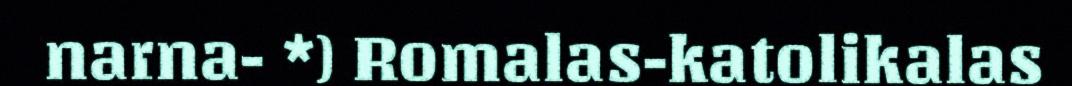
narna- *) Romalas-katolikalas